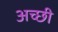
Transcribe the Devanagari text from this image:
अच्छी